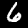
Label: 6